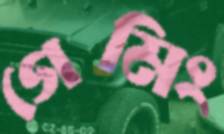
গেমিং